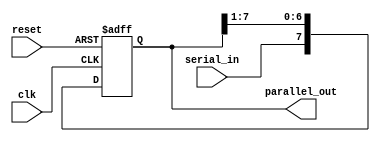
module SIPO_shift_register (
    input wire clk,
    input wire reset,
    input wire serial_in,
    output reg [7:0] parallel_out
);

reg [7:0] shift_register;

always @(posedge clk or posedge reset) begin
    if (reset) begin
        shift_register <= 8'b0;
    end else begin
        shift_register <= {serial_in, shift_register[7:1]};
    end
end

assign parallel_out = shift_register;

endmodule